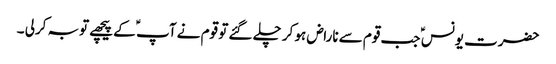
حضرت یونس ؑ جب قوم سے ناراض ہو کر چلے گئے تو قوم نے آپ ؑ کے پیچھے توبہ کرلی ۔